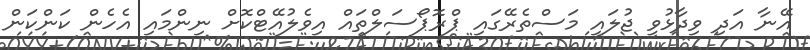
އޭނާ އަދި ވިދާޅުވީ ޖުލައި މަސްތެރޭގައި ޕްރޮޕޯސަލްތައް އިވެލުއޭޓްކޮށް ނިންމައި އެހެން ކަންކަން